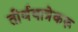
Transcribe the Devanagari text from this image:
तीर्थयात्रेकरू